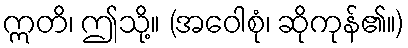
ဣတိ၊ ဤသို့။ (အဝေါစုံ၊ ဆိုကုန်၏။)